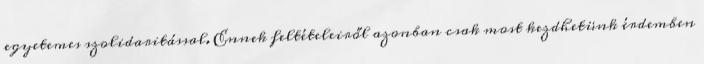
egyetemes szolidaritással. Ennek feltételeiről azonban csak most kezdhetünk érdemben